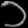
Digit: ၁